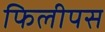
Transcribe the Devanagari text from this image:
फिलीपस